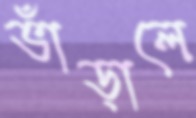
ভাঁড়ালে